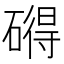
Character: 𥕣